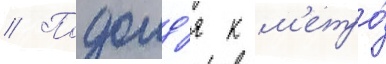
// Подоид'я к м'етро́